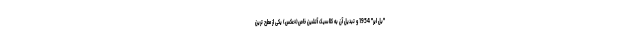
"بل ایر" 1954 و تبدیل آن به کلاسیک آتشین خاص(+عکس) یکی از مطرح ترین